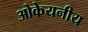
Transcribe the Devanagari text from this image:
ओकेयनीय